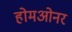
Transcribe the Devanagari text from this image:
होमओनर